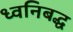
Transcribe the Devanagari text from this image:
ध्वनिबद्ध